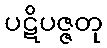
ပဋိပဇ္ဇတု